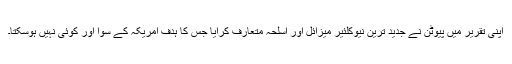
اپنی تقریر میں پیوٹن نے جدید ترین نیوکلئیر میزائل اور اسلحہ متعارف کرایا جس کا ہدف امریکہ کے سوا اور کوئی نہیں ہوسکتا۔